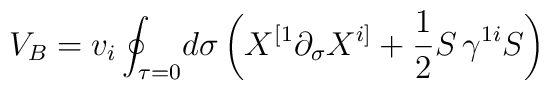
V_B=v_i\oint_{\tau=0}\!d\sigma\left(X^{[1}\partial_{\sigma}X^{i]}+\frac{1}{2}S\,\gamma^{1i}S\right)